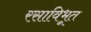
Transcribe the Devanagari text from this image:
रसाविभूत